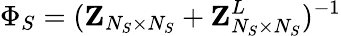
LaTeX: \Phi_{S}=({\mathbf{Z}}_{N_{S}\times N_{S}}+{\mathbf{Z}}_{N_{S}\times N_{S}}^{L})^{-1}